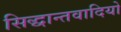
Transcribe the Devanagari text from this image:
सिद्धान्तवादियो